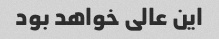
این عالی خواهد بود